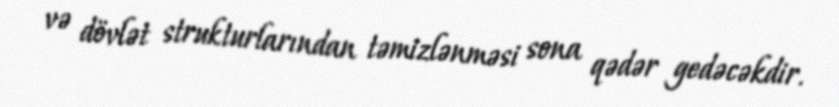
və dövlət strukturlarından təmizlənməsi sona qədər gedəcəkdir.